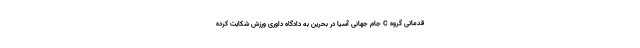
قدماتی گروه C جام جهانی آسیا در بحرین به دادگاه داوری ورزش شکایت کرده